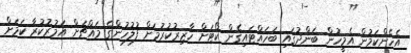
އެހެންކަމުން އެމީހުން ބަންދުގައި ބަހައްޓައިގެން ކޯޓަށް ހާޒިރުކުރުމަށް ފުލުހުންގެ މައްޗަށް އަމުރުކުރާ ކަމަށް